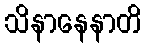
သိနာနေနာတိ